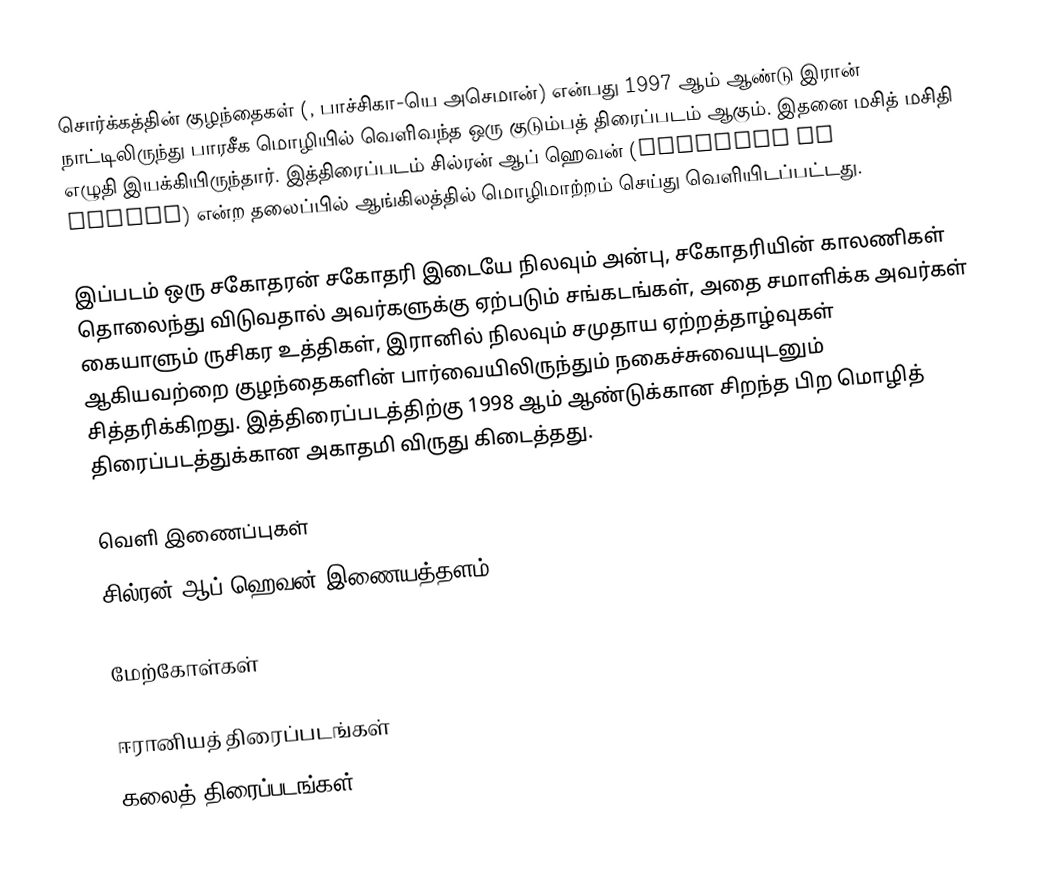
சொர்க்கத்தின் குழந்தைகள் (, பாச்சிகா-யெ அசெமான்) என்பது 1997 ஆம் ஆண்டு இரான் நாட்டிலிருந்து பாரசீக மொழியில் வெளிவந்த ஒரு குடும்பத் திரைப்படம் ஆகும். இதனை மசித் மசிதி எழுதி இயக்கியிருந்தார். இத்திரைப்படம் சில்ரன் ஆப் ஹெவன் (Children of heaven) என்ற தலைப்பில் ஆங்கிலத்தில் மொழிமாற்றம் செய்து வெளியிடப்பட்டது.

இப்படம் ஒரு சகோதரன் சகோதரி இடையே நிலவும் அன்பு, சகோதரியின் காலணிகள் தொலைந்து விடுவதால் அவர்களுக்கு ஏற்படும் சங்கடங்கள், அதை சமாளிக்க அவர்கள் கையாளும் ருசிகர உத்திகள், இரானில் நிலவும் சமுதாய ஏற்றத்தாழ்வுகள் ஆகியவற்றை குழந்தைகளின் பார்வையிலிருந்தும் நகைச்சுவையுடனும் சித்தரிக்கிறது. இத்திரைப்படத்திற்கு 1998 ஆம் ஆண்டுக்கான சிறந்த பிற மொழித் திரைப்படத்துக்கான அகாதமி விருது கிடைத்தது.

வெளி இணைப்புகள்
 சில்ரன் ஆப் ஹெவன் இணையத்தளம்

மேற்கோள்கள்

ஈரானியத் திரைப்படங்கள்
கலைத் திரைப்படங்கள்